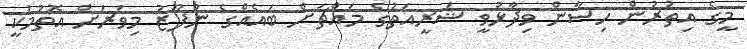
މީގެ އިތުރުން ހިސާން ވިދާޅުވީ ޝަރީއަތުގެ މައްޗަށް ބައެއްގެ ނުފޫޒު މިވަރަށް އޮތުމަކީ